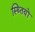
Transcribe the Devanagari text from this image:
स्थ्तियों